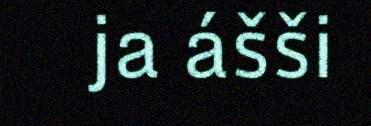
ja ášši